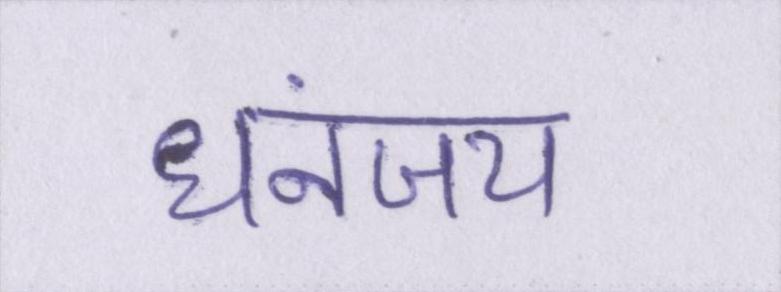
धनंजय